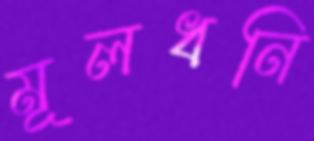
মূলধনি